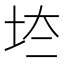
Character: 𡊌